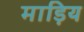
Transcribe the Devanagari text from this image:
माड़िय